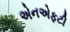
એનએફટી